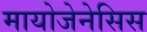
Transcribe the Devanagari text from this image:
मायोजेनेसिस